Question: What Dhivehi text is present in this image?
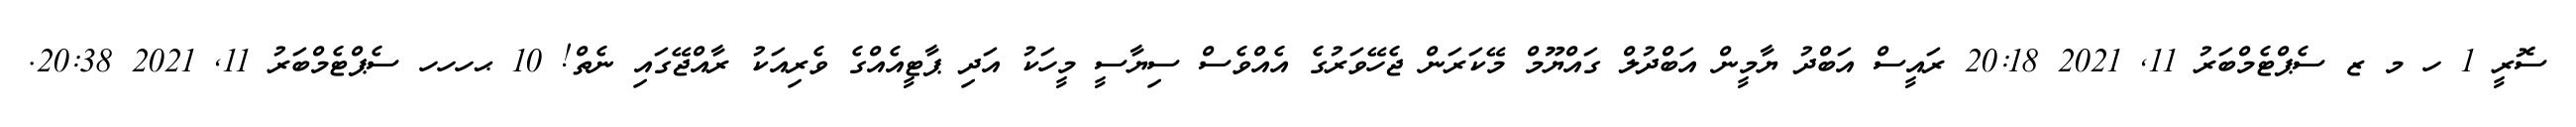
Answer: ސޮރީ 1 ހ މ ޒ ސެޕްޓެމްބަރު 11, 2021 20:18 ރައީސް އަބްދު ޔާމީން އަބްދުލް ގައްޔޫމް މޭކަރަން ޖެހޭވަރުގެ އެއްވެސް ސިޔާސީ މީހަކު އަދި ޕާޓީއެއްގެ ވެރިއަކު ރާއްޖޭގައި ނެތް! 10 ޙހހހ ސެޕްޓެމްބަރު 11, 2021 20:38.